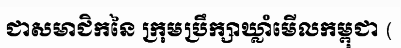
ជាសមាជិកនៃ ក្រុមប្រឹក្សាឃ្លាំមើលកម្ពុជា (